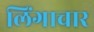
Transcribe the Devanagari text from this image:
लिंगाचार